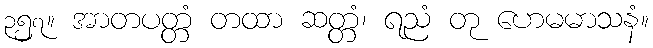
၃၅၇။ အာတပတ္တံ တထာ ဆတ္တံ၊ ရညံ တု ဟေမမာသနံ။